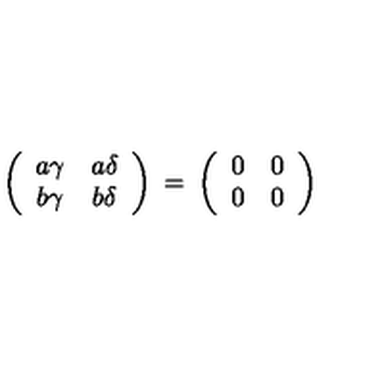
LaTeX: \left( \begin{array} { c c } { a \gamma } & { a \delta } \\ { b \gamma } & { b \delta } \\ \end{array} \right) \: = \: \left( \begin{array} { c c } { 0 } & { 0 } \\ { 0 } & { 0 } \\ \end{array} \right)